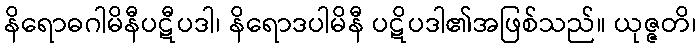
နိရောဓဂါမိနီပဋီပဒါ၊ နိရောဒပါမိနီ ပဋိပဒါ၏အဖြစ်သည်။ ယုဇ္ဇတိ၊